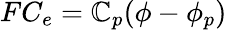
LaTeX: FC_{e}=\mathbb{C}_{p}(\phi-\phi_{p})